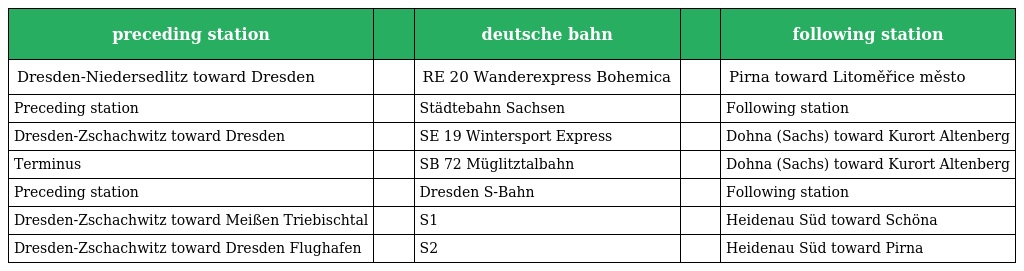
| preceding station |  | deutsche bahn |  | following station |
 | --- | --- | --- | --- | --- |
 | Dresden-Niedersedlitz toward Dresden |  | RE 20 Wanderexpress Bohemica |  | Pirna toward Litoměřice město |
 | Preceding station |  | Städtebahn Sachsen |  | Following station |
 | Dresden-Zschachwitz toward Dresden |  | SE 19 Wintersport Express |  | Dohna (Sachs) toward Kurort Altenberg |
 | Terminus |  | SB 72 Müglitztalbahn |  | Dohna (Sachs) toward Kurort Altenberg |
 | Preceding station |  | Dresden S-Bahn |  | Following station |
 | Dresden-Zschachwitz toward Meißen Triebischtal |  | S1 |  | Heidenau Süd toward Schöna |
 | Dresden-Zschachwitz toward Dresden Flughafen |  | S2 |  | Heidenau Süd toward Pirna |